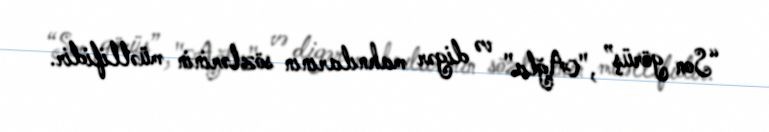
“Son görüş” ,"Ağla" və digər mahnılarının sözlərinin müəllifidir.